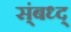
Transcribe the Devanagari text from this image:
स्ंबध्द्